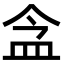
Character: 𥁌